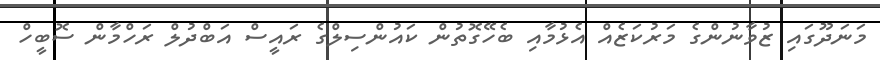
މަނަދޫގައި ޒުވާނުންގެ މަރުކަޒެއް އެޅުމާއި ބެހޭގޮތުން ކައުންސިލްގެ ރައީސް އަބްދުލް ރަހްމާން ސޮބީހް